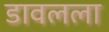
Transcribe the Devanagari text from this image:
डावलला